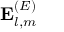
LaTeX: \mathbf { E } _ { l , m } ^ { ( E ) }